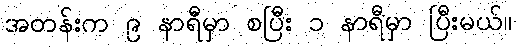
အတန်းက ၉ နာရီမှာ စပြီး ၁ နာရီမှာ ပြီးမယ်။